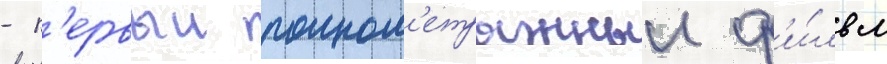
- п'ервыи полном'етражныи ф'и́льм